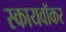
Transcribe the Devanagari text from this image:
स्कायवॉकर